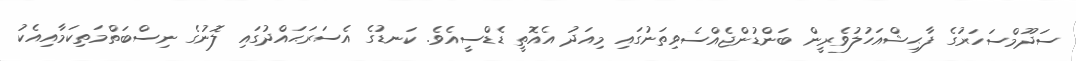
ސަދޫމްސަހަރުގެ ފާޙިޝްއަހުލުވެރީން ބަންޑުންޖެއްސެވިތަނުގައި މިއަދު އެއޮތީ ޑެޑްސީއެވެ. ކަނޑުގެ އެސަރަޙައްދުގައި ލޮނުގެ ނިސްބަތްމަތިކަމާއިއެކު